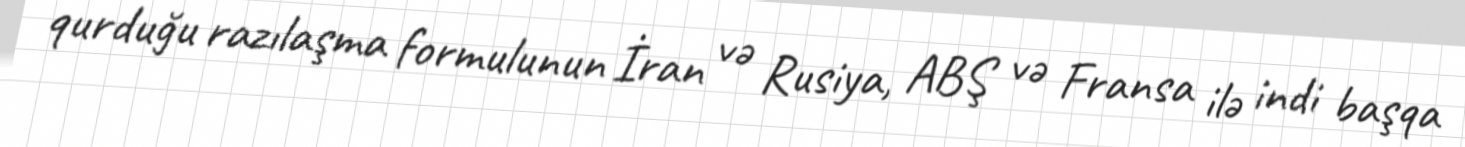
qurduğu razılaşma formulunun İran və Rusiya, ABŞ və Fransa ilə indi başqa